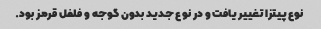
نوع پیتزا تغییر یافت و در نوع جدید بدون گوجه و فلفل قرمز بود.